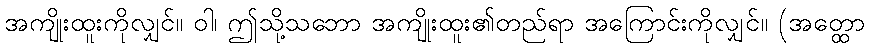
အကျိုးထူးကိုလျှင်။ ဝါ၊ ဤသို့သဘော အကျိုးထူး၏တည်ရာ အကြောင်းကိုလျှင်။ (အတ္ထော